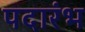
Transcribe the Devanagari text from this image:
पदारंभ